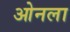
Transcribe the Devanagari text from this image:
ओनला